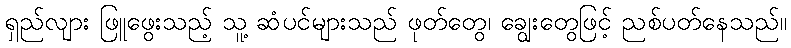
ရှည်လျား ဖြူဖွေးသည့် သူ့ ဆံပင်များသည် ဖုတ်တွေ၊ ချွေးတွေဖြင့် ညစ်ပတ်နေသည်။